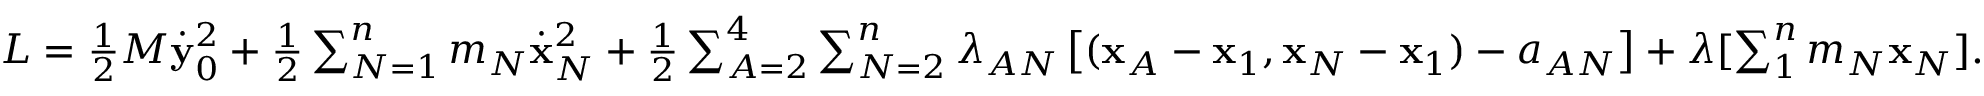
\begin{array} { r } { L = \frac 1 2 M \dot { \bf y } _ { 0 } ^ { 2 } + \frac 1 2 \sum _ { N = 1 } ^ { n } m _ { N } \dot { \bf x } _ { N } ^ { 2 } + \frac 1 2 \sum _ { A = 2 } ^ { 4 } \sum _ { N = 2 } ^ { n } \lambda _ { A N } \left[ ( { \bf x } _ { A } - { \bf x } _ { 1 } , { \bf x } _ { N } - { \bf x } _ { 1 } ) - a _ { A N } \right] + \boldsymbol { \lambda } [ \sum _ { 1 } ^ { n } m _ { N } { \bf x } _ { N } ] . } \end{array}